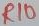
Text: R10